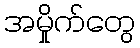
အမှိုက်တွေ